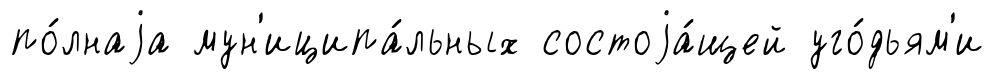
по́лнаjа мун'иципа́льных состоjа́щей уго́дьям'и